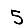
Digit: 5